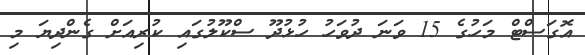
އޮގަސްޓް މަހުގެ 15 ވަނަ ދުވަހު ހުޅުދޫ ސްކޫލުގައި ކުރިއަށް ގެންދިޔަ މި